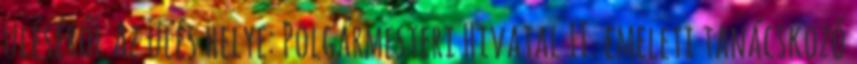
üléséről Az ülés helye: Polgármesteri Hivatal II. emeleti tanácskozó